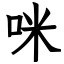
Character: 咪